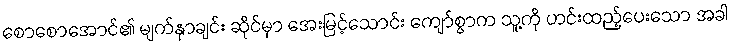
စောစောအောင်၏ မျက်နှာချင်း ဆိုင်မှာ အေးမြင့်သောင်း ကျော်စွာက သူ့ကို ဟင်းထည့်ပေးသော အခါ